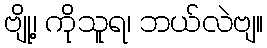
ဗျို့၊ ကိုသူရ၊ ဘယ်လဲဗျ။